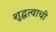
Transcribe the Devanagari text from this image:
शुद्धत्वाची